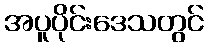
အပူပိုင်းဒေသတွင်